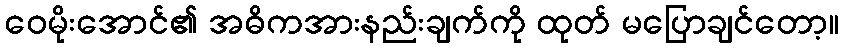
ဝေမိုးအောင်၏ အဓိကအားနည်းချက်ကို ထုတ် မပြောချင်တော့။